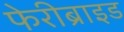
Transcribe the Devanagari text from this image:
फेरीब्राइड